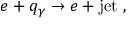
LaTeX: e + q _ { \gamma } \rightarrow e + \mathrm { j e t } \; ,